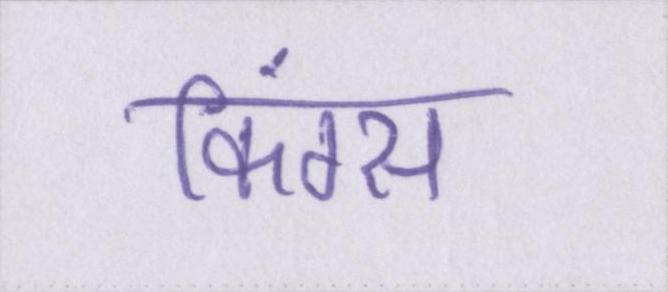
किंग्स